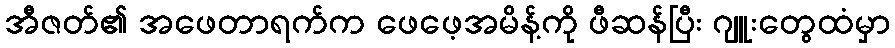
အီဇတ်၏ အဖေတာရက်က ဖေဖေ့အမိန့်ကို ဖီဆန်ပြီး ဂျူးတွေထံမှာ